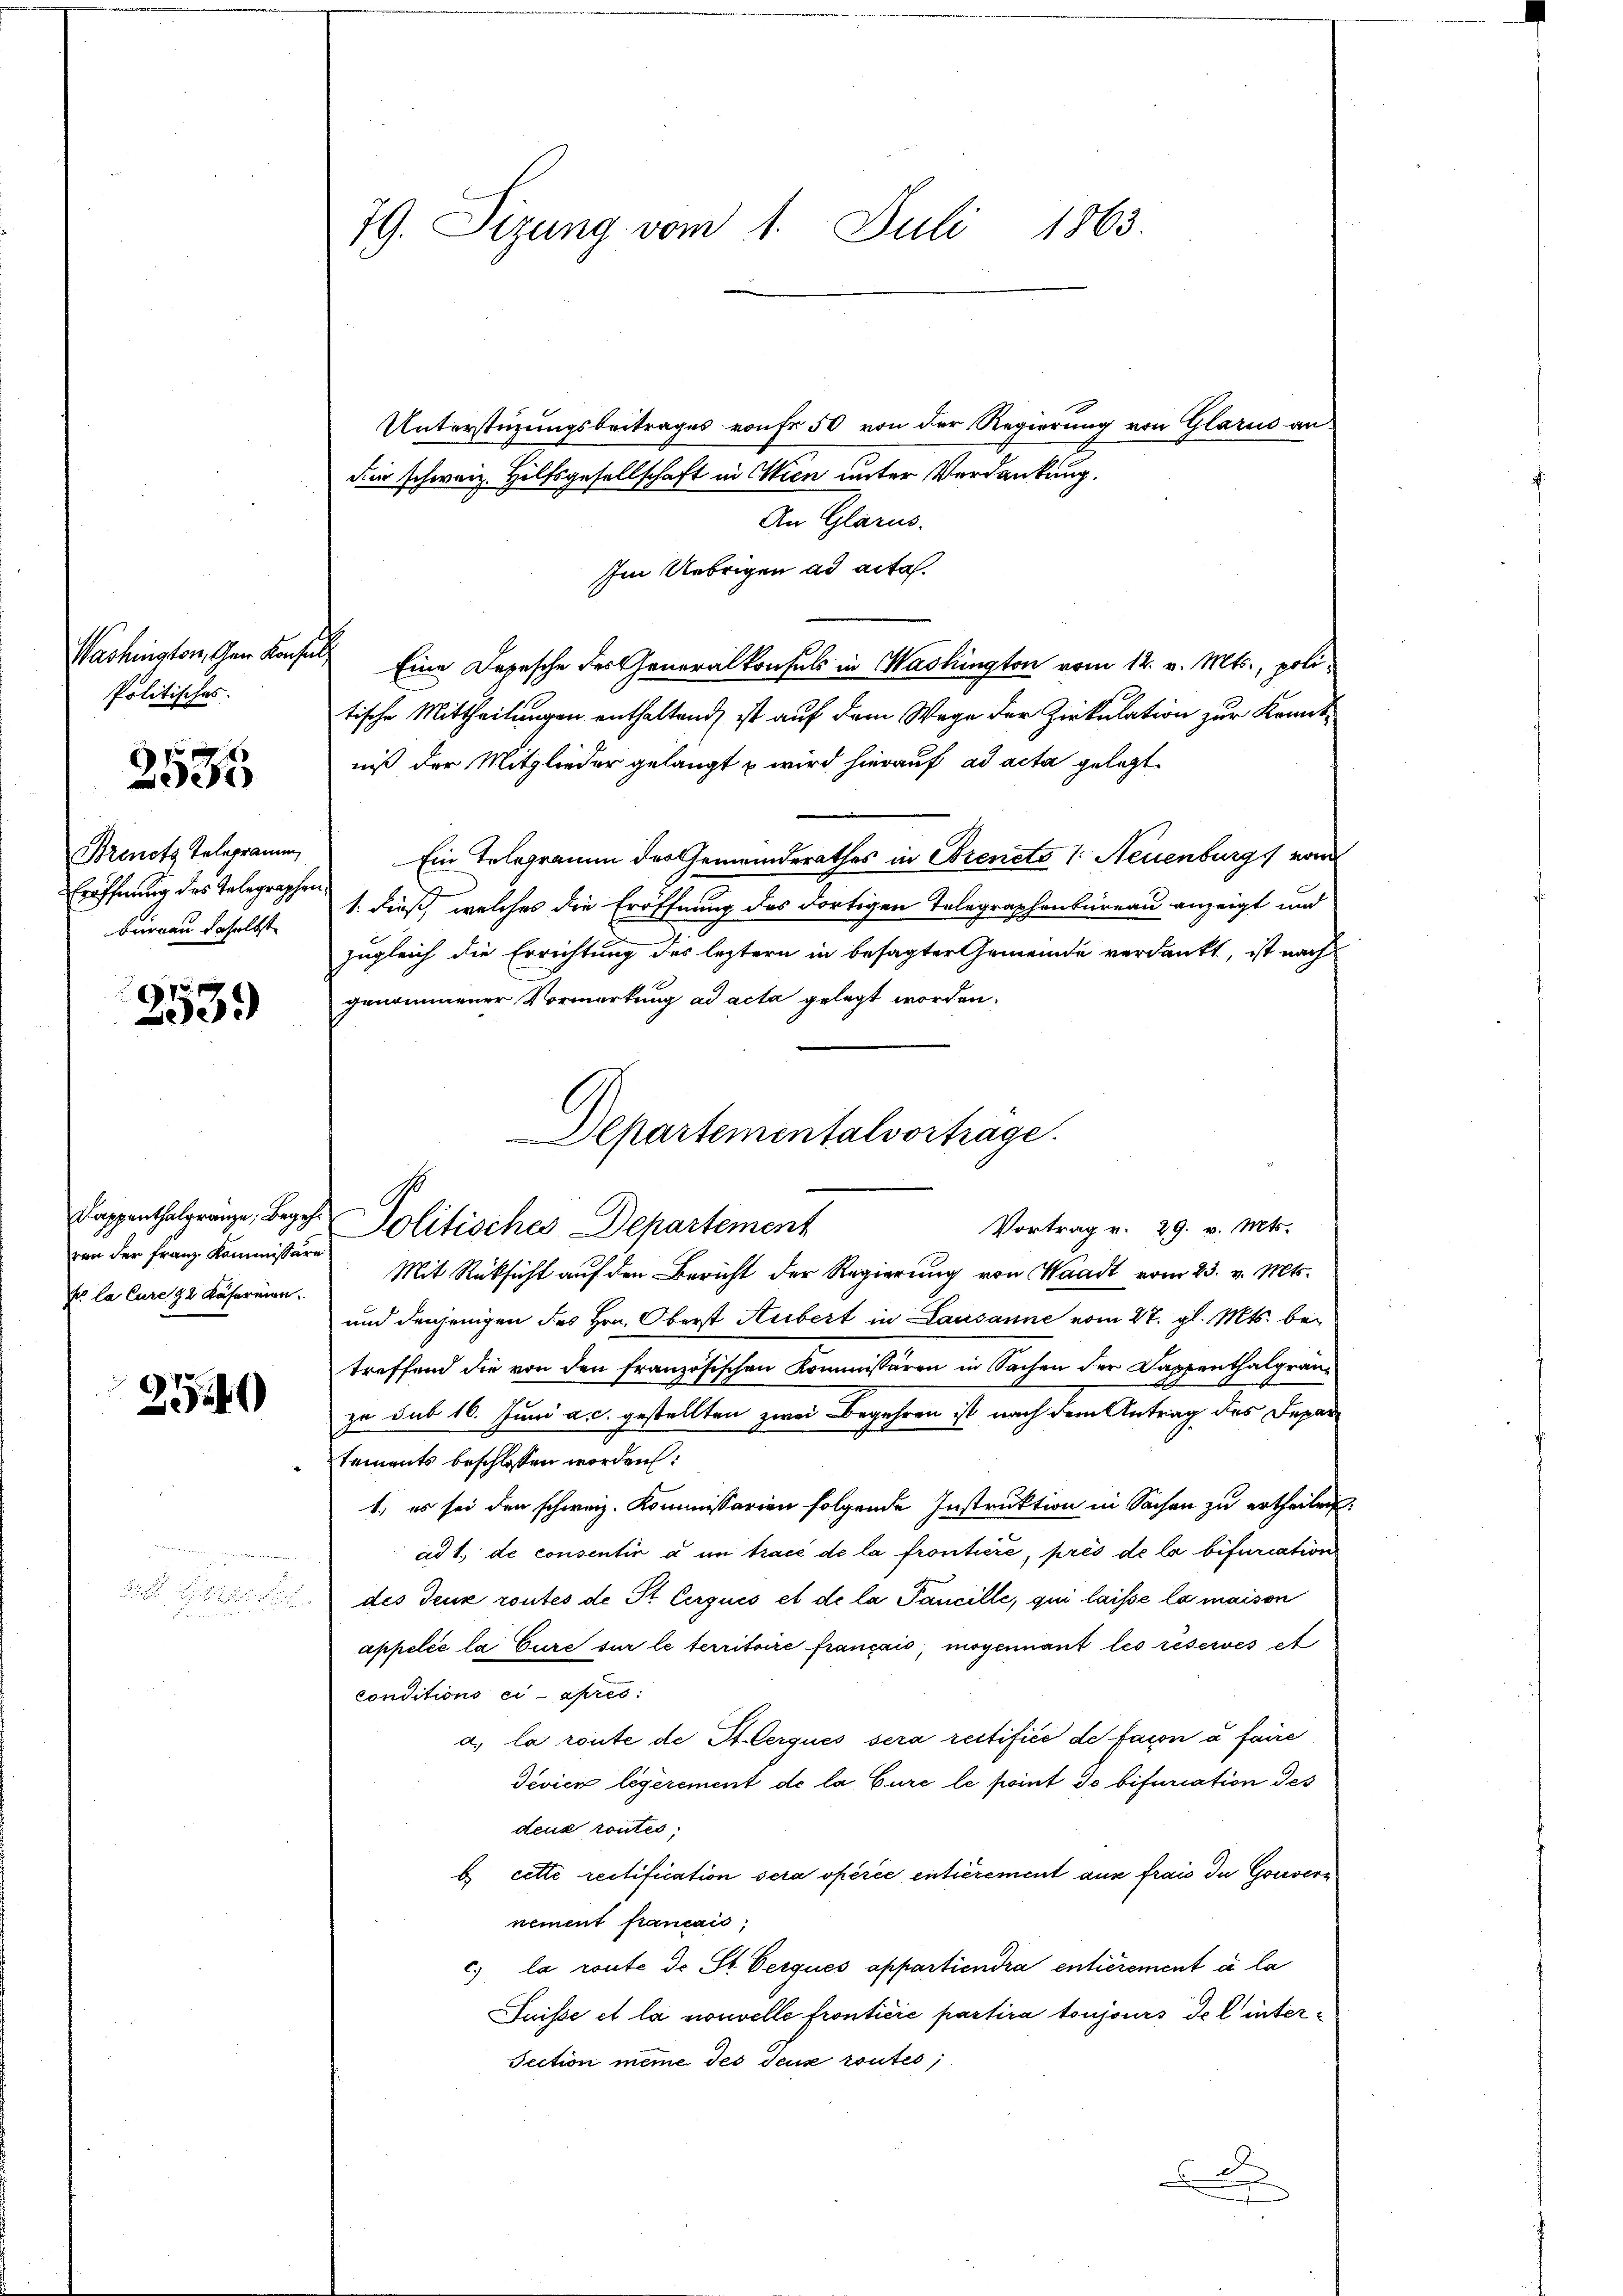
Politisches.

2585

Eröffnung des Gelegraphen
büreau daselbst

253.

ven der Franz Kommissäre
Nr la Cure 2 Käfereien.

2540

79. Sizung vom 1. Juli 1863.

Unterstüzungsbeitrages von Fr. 50 von der Regierung von Glarus an
die schweiz. Hilfsgesellschaft in Wien unter Verdankung.
An Glarus.
Im Uebrigen ad acta.
Washington, den Kaisel Eine Depesche des Generalkonsuls in Washington vom 12. v. Mts., politische Mittheilungen enthaltend ist auf dem Wege der Zirkulation zur Kenntniß der Mitglieder gelangt & wird hierauf ad acta gelegt
Brenes Telegramm, Ein Telegramm des Gemeinderathes in Ehrenets v. Neuenburg vom
1. dieß, welches die Eröffnung des dortigen Telegraphenbureau anzeigt und
zugleich die Errichtung des leztern in besagter Gemeinde verdankt, ist nach
genommener Vormerkung ad acta gelegt worden.
Mit Rüksicht auf den Bericht der Regierung von Waadt vom 23. v. Mts.
und denjenigen des Hrn. Oberst Hubert in Lausanne vom 27. gl. Mts. betreffend die von den französischen Kommissären in Sachen der Kappenthalgräuzu sub 16. Juni a. c. gestellten zwei Begehren ist nach dem Antrag des Departements beschlossen worden:
1) es sei den schweiz. Kommissarien folgende Instruktion in Sachen zu ertheilen:
ad 1., de consentin à un tracé de la frontiere, près de la bifuriation
des Teuk routes de St. Cerques et de la Pancille, qui laisse la maison
appelée la Gure sur le territoire français, moyennant les réservés et
conditions ci-apres:
a.) la route de Herques sera rectifice de facon a faire
Tevien legerement de la Cure le point de bifuriation des
deux contes,
b cette restification sera opérée entièrement aus frais du Gouvers
nement francais;
c la route de St. Verques appartiendra entièrement à la
Suisse et la nouvelle fronticié partira toujours del inter¬
Section meine des Teux routes,
2
.

Departementalvortrage.
Dappenthalgränze, Begehr Politisches Departement
Vortrag v. 29. v. Mts.